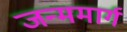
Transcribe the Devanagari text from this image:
जन्ममार्ग